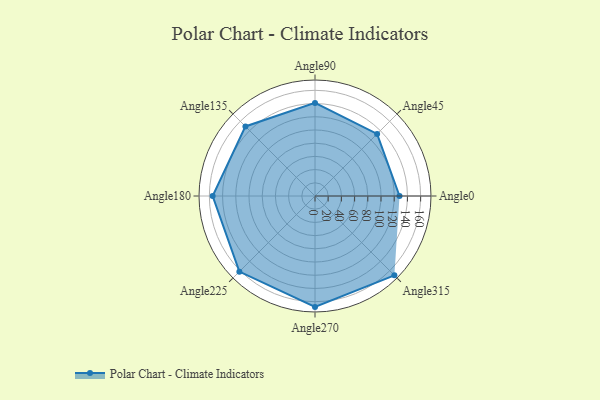
{"axis": {"x": "Angle", "y": "Radius"}, "legend": [""], "data": [{"x": "Angle0", "y": 128.0, "type": ""}, {"x": "Angle45", "y": 133.0, "type": ""}, {"x": "Angle90", "y": 141.0, "type": ""}, {"x": "Angle135", "y": 149.0, "type": ""}, {"x": "Angle180", "y": 155.0, "type": ""}, {"x": "Angle225", "y": 162.0, "type": ""}, {"x": "Angle270", "y": 168.0, "type": ""}, {"x": "Angle315", "y": 170, "type": ""}]}